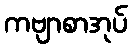
ကဗျာစာအုပ်